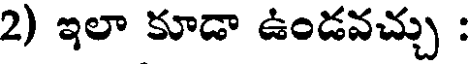
2) ఇలా కూడా ఉండవచ్చు :